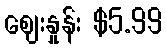
ဈေးနှုန်း $5.99